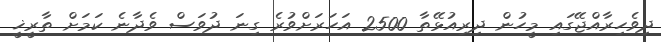
ދިވެހިރާއްޖޭގައި މީހުން ދިރިއުޅޭތާ 2500 އަހަރަށްވުރެ ގިނަ ދުވަސް ވެދާނެ ކަމަށް ތާރީޚީ